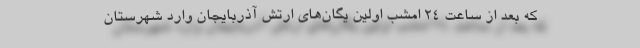
که بعد از ساعت ۲۴ امشب اولین یگان‌های ارتش آذربایجان وارد شهرستان